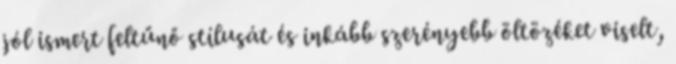
jól ismert feltűnő stílusát és inkább szerényebb öltözéket viselt,